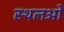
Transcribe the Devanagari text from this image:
स्थलओं